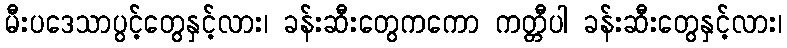
မီးပဒေသာပွင့်တွေနှင့်လား၊ ခန်းဆီးတွေကကော ကတ္တီပါ ခန်းဆီးတွေနှင့်လား၊